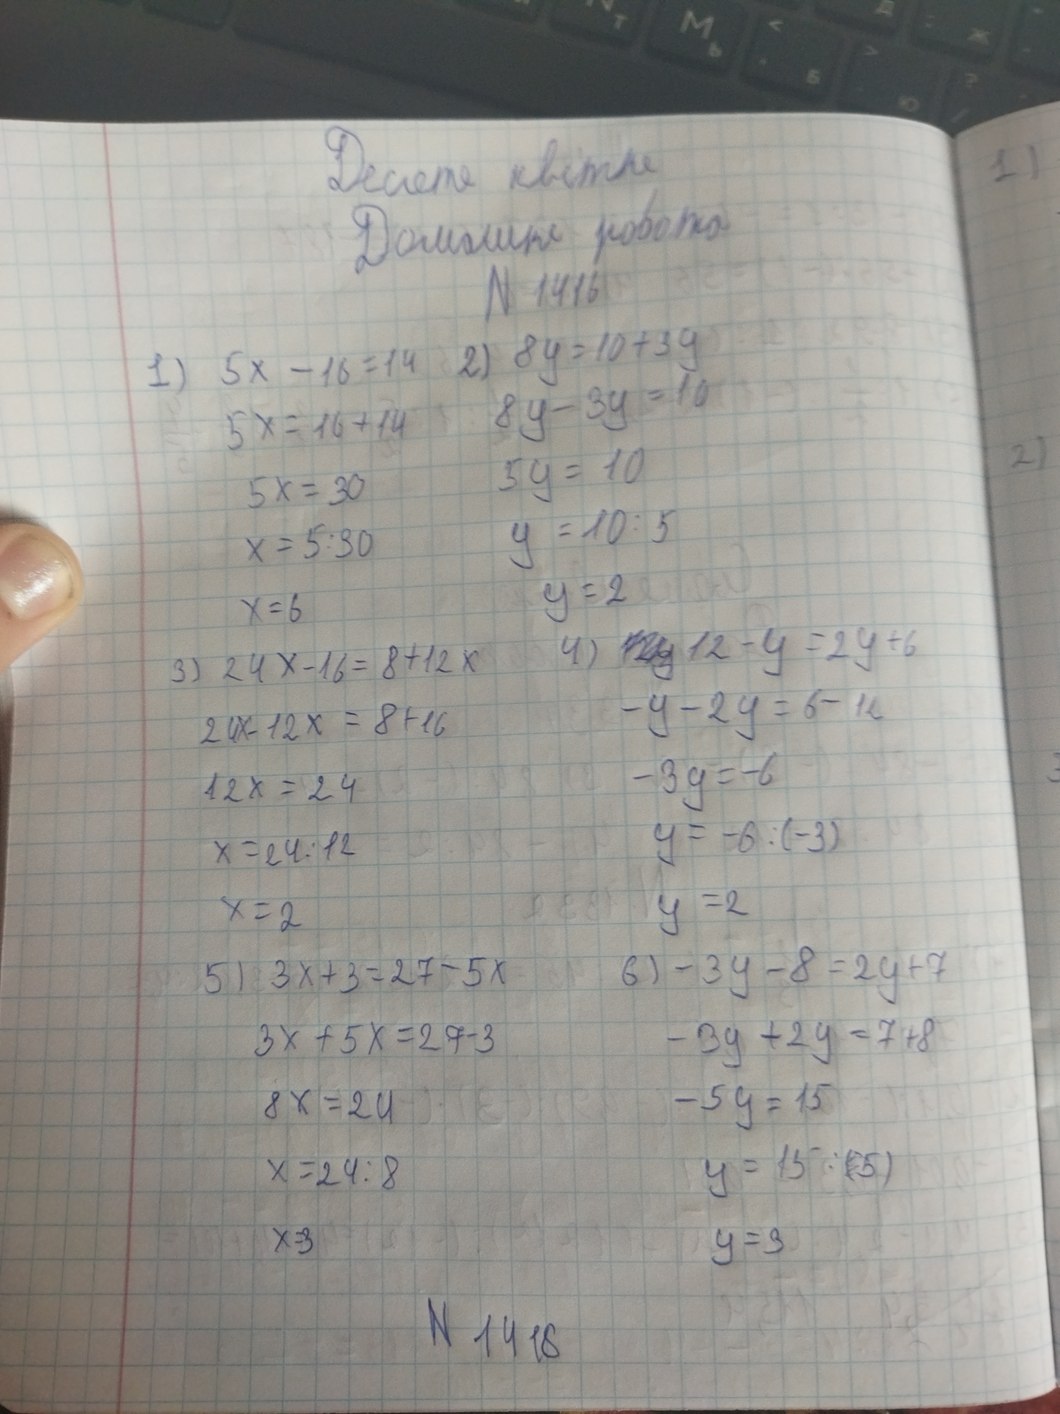
Десяте квітня
Домашня робота
N1416
2) 8y = 10 + 3y
1) 5x - 16 = 14
8y - 3y = 10
5x = 16 + 14
5y = 10
5X = 30
y = 10 / 5
x = 5 / 30
y = 2
x = 6
4) [illegible] 12 - y = 2y + 6
3) 24x - 16 = 8 + 12x
-y - 2y = 6 - 12
24x - 12x = 8 + 16
-3y = -6
12x = 24
y = -6 / (-3)
x = 24 / 12
y = 2
x = 2
6) -3y - 8 = 2y + 7
5) 3x + 3 = 27 - 5x
-3y + 2y = 7 + 8
3X + 5X = 27 - 3
-5y = 15
8x = 24
y = 15 / (5)
x = 24 / 8
X = 3
y = 3
N1418